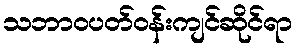
သဘာဝပတ်ဝန်းကျင်ဆိုင်ရာ